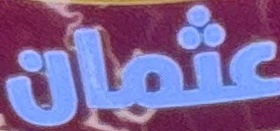
عثمان